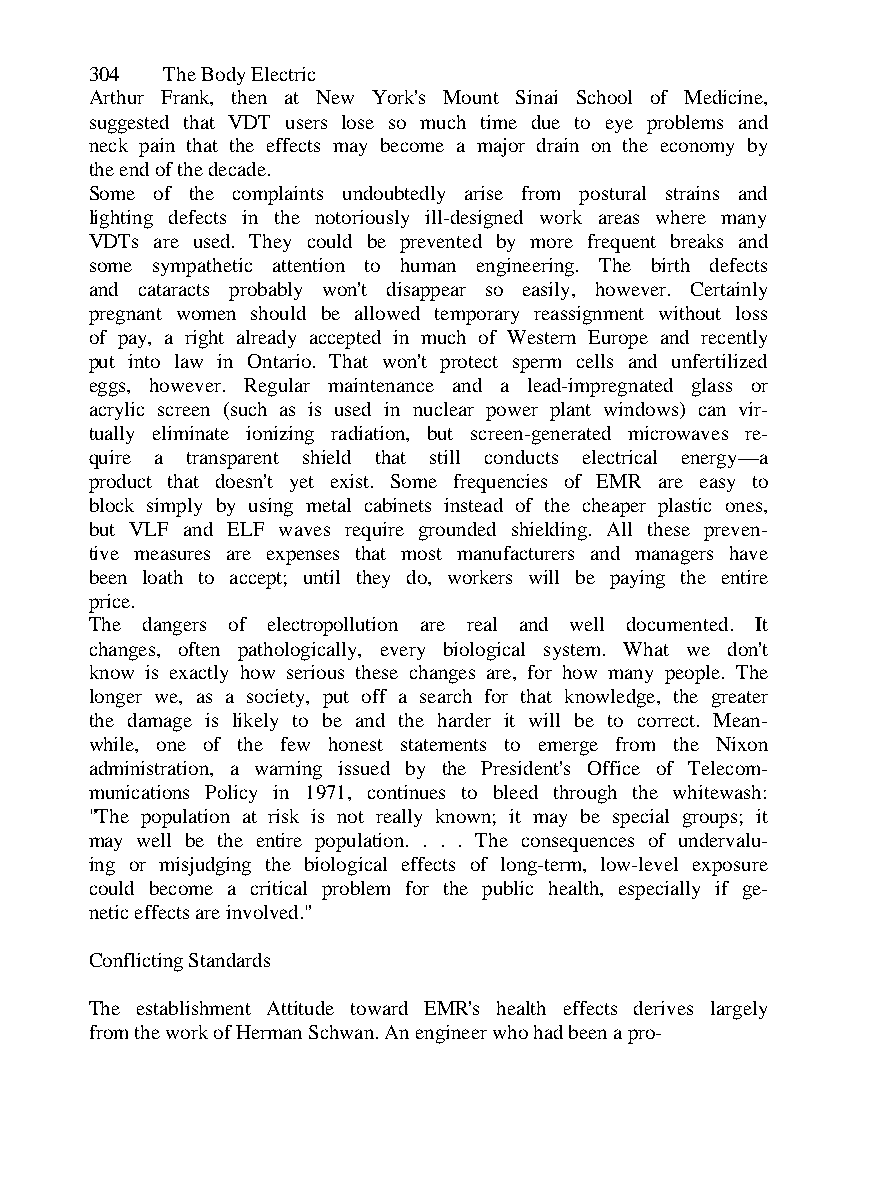
304  The Body Electric
 Arthur Frank, then at New York's Mount Sinai School of Medicine,
 suggested that VDT users lose so much time due to eye problems and
 neck pain that the effects may become a major drain on the economy by
 the end of the decade.
 Some of the complaints undoubtedly arise from postural strains and
 lighting defects in the notoriously ill-designed work areas where many
 VDTs are used. They could be prevented by more frequent breaks and
 some sympathetic attention to human engineering. The birth defects
 and cataracts probably won't disappear so easily, however. Certainly
 pregnant women should be allowed temporary reassignment without loss
 of pay, a right already accepted in much of Western Europe and recently
 put into law in Ontario. That won't protect sperm cells and unfertilized
 eggs, however. Regular maintenance and a lead-impregnated glass or
 acrylic screen (such as is used in nuclear power plant windows) can vir-
 tually eliminate ionizing radiation, but screen-generated microwaves re-
 quire a transparent shield that still conducts electrical energy—a
 product that doesn't yet exist. Some frequencies of EMR are easy to
 block simply by using metal cabinets instead of the cheaper plastic ones,
 but VLF and ELF waves require grounded shielding. All these preven-
 tive measures are expenses that most manufacturers and managers have
 been loath to accept; until they do, workers will be paying the entire
 price.
 The dangers of electropollution are real and well documented. It
 changes, often pathologically, every biological system. What we don't
 know is exactly how serious these changes are, for how many people. The
 longer we, as a society, put off a search for that knowledge, the greater
 the damage is likely to be and the harder it will be to correct. Mean-
 while, one of the few honest statements to emerge from the Nixon
 administration, a warning issued by the President's Office of Telecom-
 munications Policy in 1971, continues to bleed through the whitewash:
 "The population at risk is not really known; it may be special groups; it
 may well be the entire population. . . . The consequences of undervalu-
 ing or misjudging the biological effects of long-term, low-level exposure
 could become a critical problem for the public health, especially if ge-
 netic effects are involved."
 Conflicting Standards
 The establishment Attitude toward EMR's health effects derives largely
 from the work of Herman Schwan. An engineer who had been a pro-